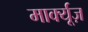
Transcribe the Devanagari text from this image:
मार्क्यूज़